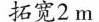
拓宽2m